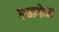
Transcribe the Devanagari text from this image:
एनकेन